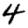
Digit: 4